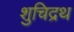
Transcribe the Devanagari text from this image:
शुचिद्रथ